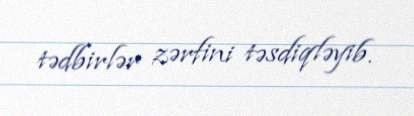
tədbirlər zərfini təsdiqləyib.